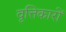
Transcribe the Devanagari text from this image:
वृत्तिकारों